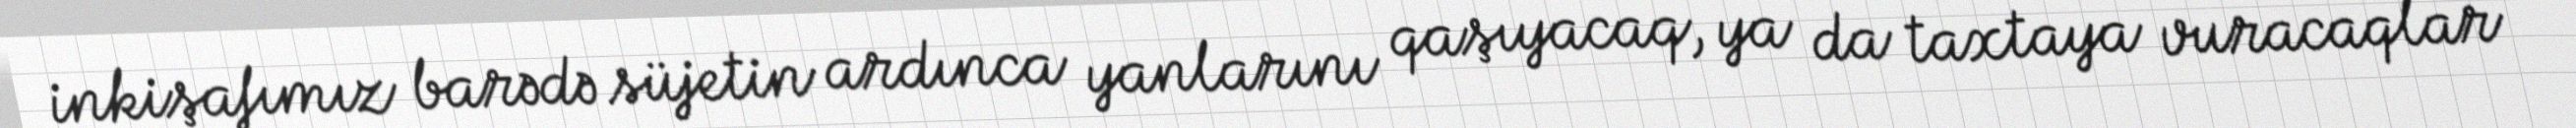
inkişafımız barədə süjetin ardınca yanlarını qaşıyacaq, ya da taxtaya vuracaqlar